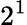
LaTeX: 2^{1}